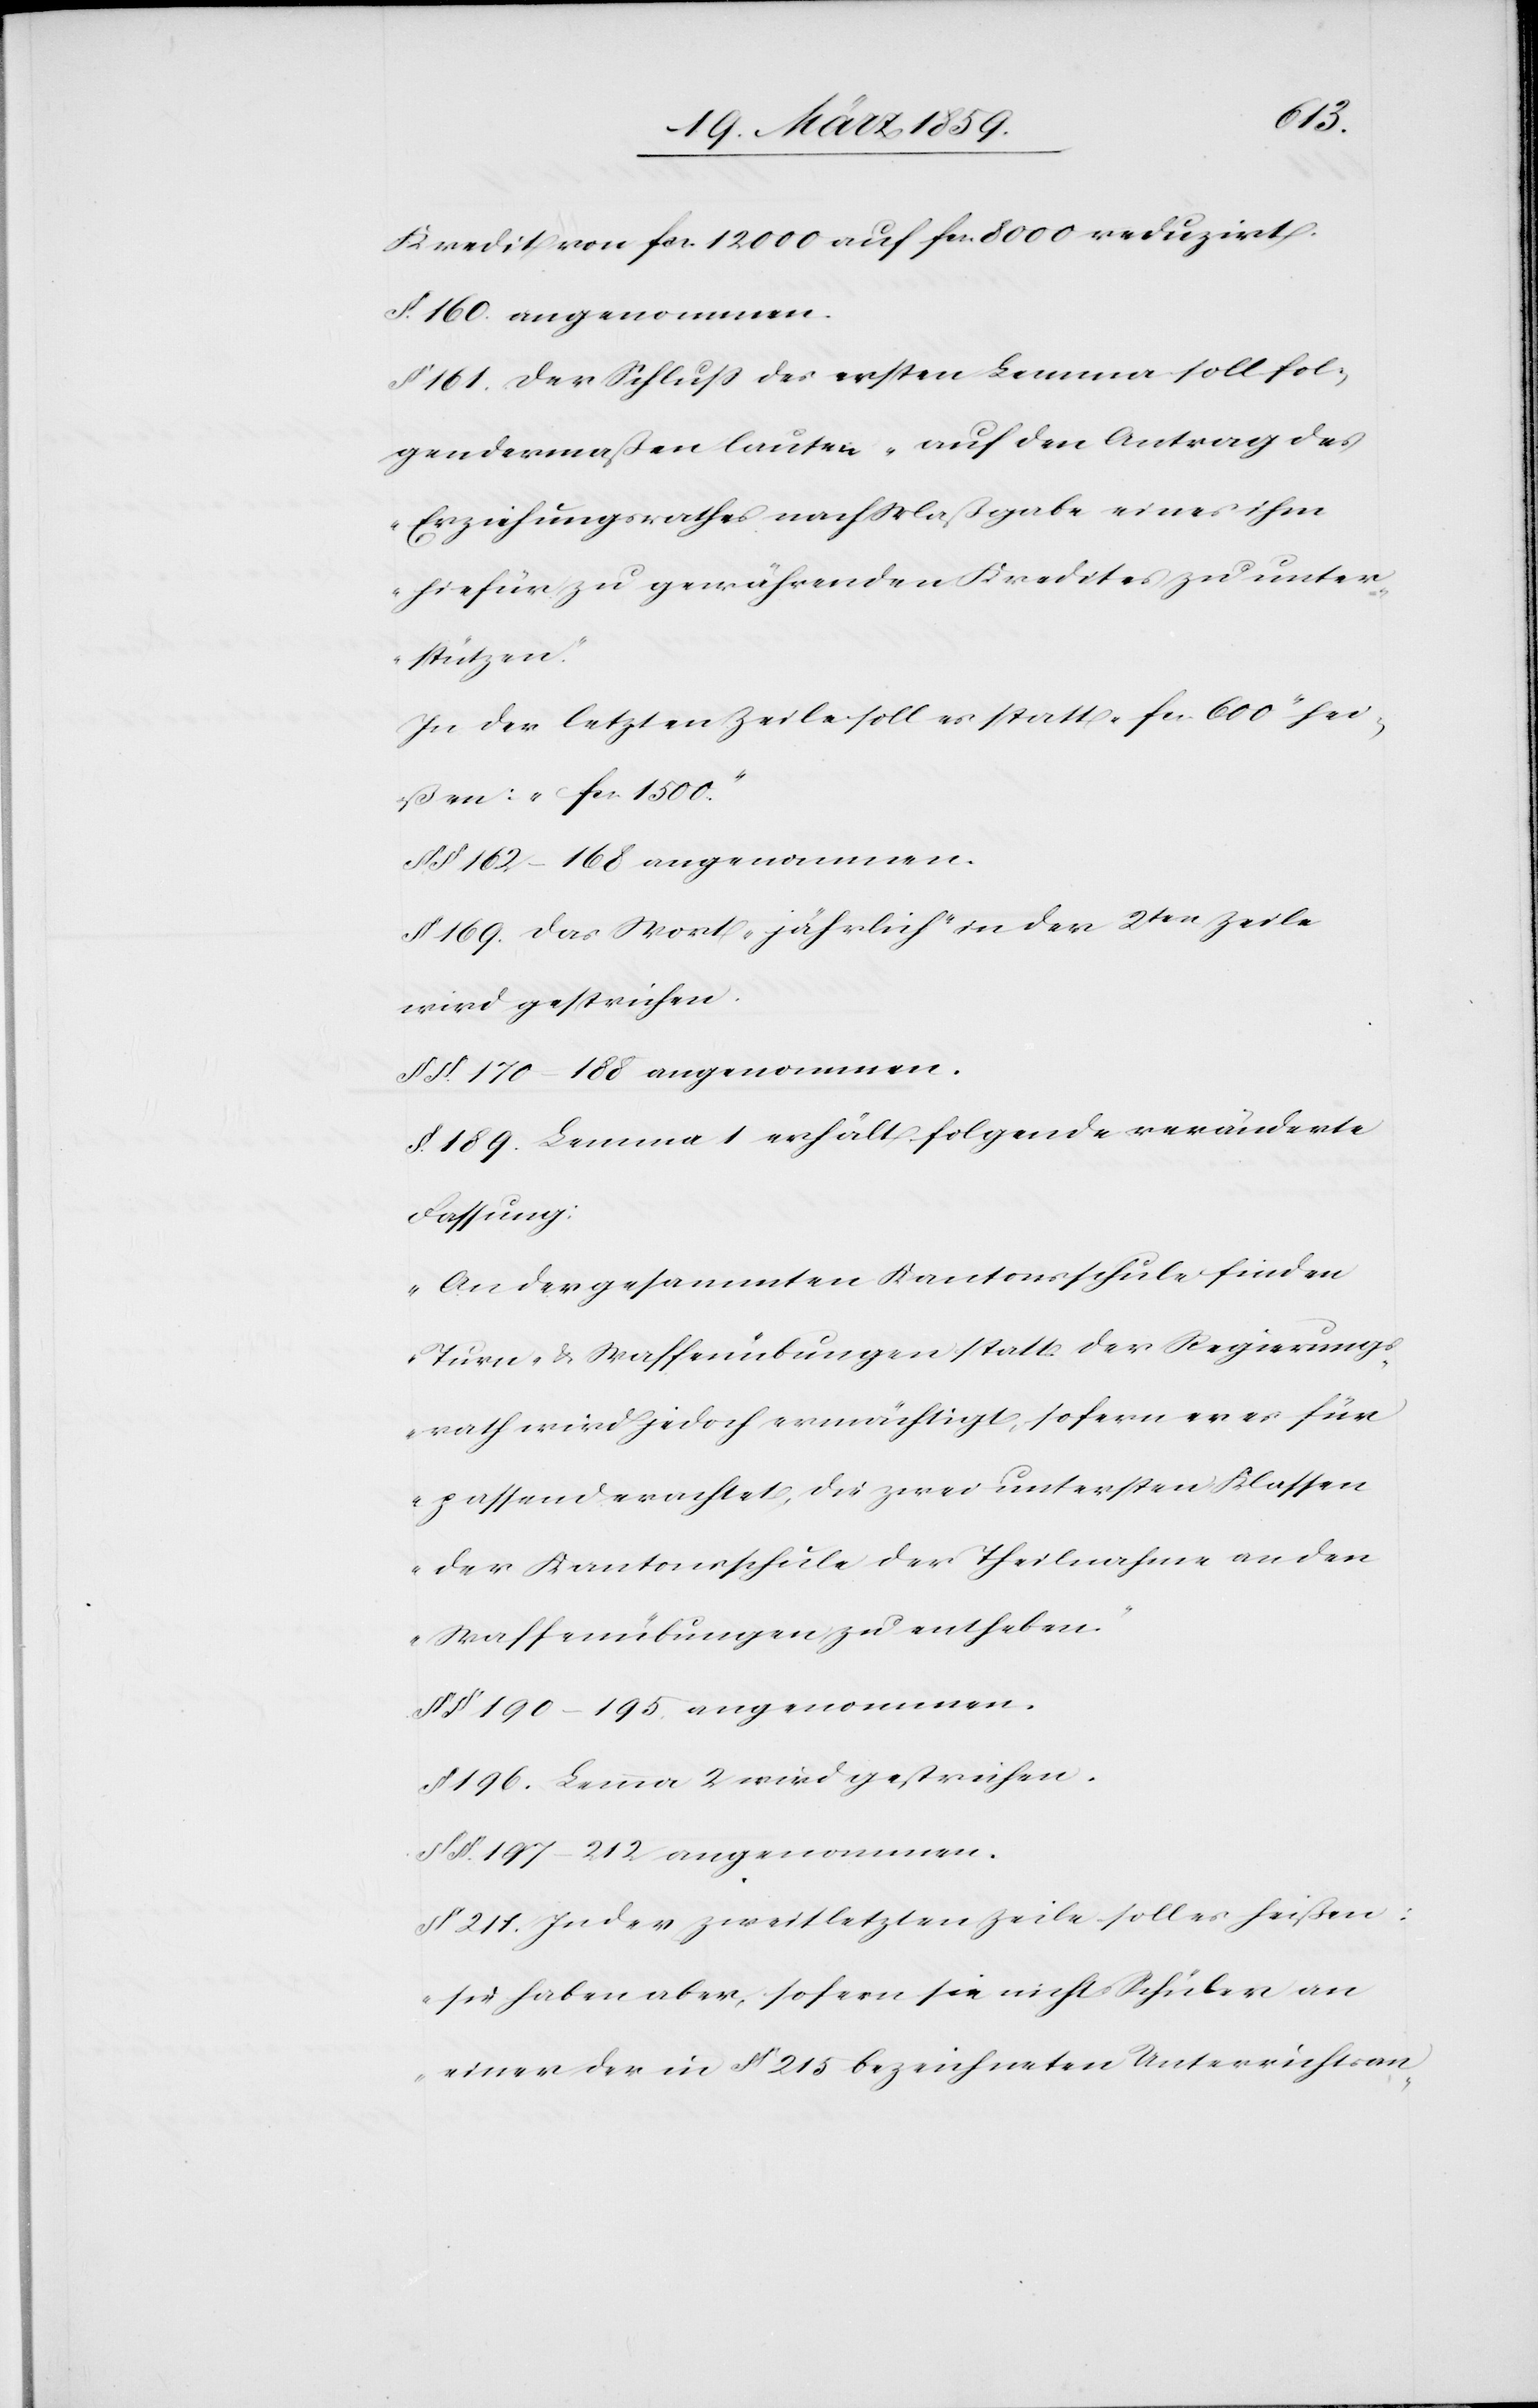
Klass¬
Kredit von fcs. 12 000 auf fcs. 8000 reduzirt.
§. 160 angenommen.
§. 161. Der Schluß des ersten Lemma soll fol¬
gendermaßen lauten „auf den Antrag des
Erziehungsrathes nach Maßgabe eines ihm
hiefür zu gewährenden Kredites zu unter¬
stützen“.
In der letzten Zeile soll es statt „fcs. 600“ hei¬
ßen: „fcs. 1500“.
§§ 162–168 angenommen.
§ 169. Das Wort „jährlich“ in der 2ten Zeile
wird gestrichen.
§§. 170–188 angenommen.
§. 189. Lemma 1 erhält folgende veränderte
Fassung:
„An der gesammten Kantonsschule finden
Turn- & Waffenübungen statt. Der Regierungs¬
rath wird jedoch ermächtigt, die zwei un¬
en der Kantonsschule der Theilnahme an der
Waffenübungen zu entheben.“
§§ 190–195 angenommen.
§ 196. Lemma 2 wird gestrichen.
§§. 197–212 angenommen.
§ 211. In der zweitletzten Zeile soll es heißen:
„sie haben aber, sofern sie nicht Schüler an
einer der in § 215 bezeichneten Unterrichtsan-